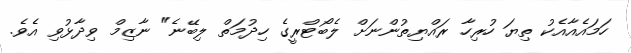
ހަމައެއާއެކު ތިޔަ ހުރިހާ ރައްޔިތުންނަށް ލެބޯޓްރީގެ ހިދުމަތް ލިބޭނެ" ނާޒިމް ވިދާޅުވި އެވެ.